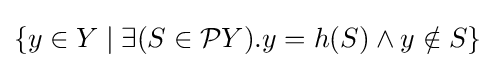
\{y\in Y\mid \exists (S\in {\mathcal {P}}Y).y=h(S)\land y\notin S\}